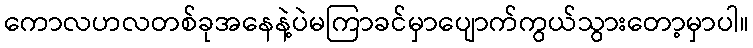
ကောလဟလတစ်ခုအနေနဲ့ပဲမကြာခင်မှာပျောက်ကွယ်သွားတော့မှာပါ။